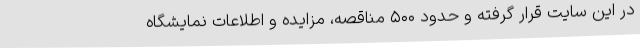
در این سایت قرار گرفته و حدود ۵۰۰ مناقصه، مزایده و اطلاعات نمایشگاه